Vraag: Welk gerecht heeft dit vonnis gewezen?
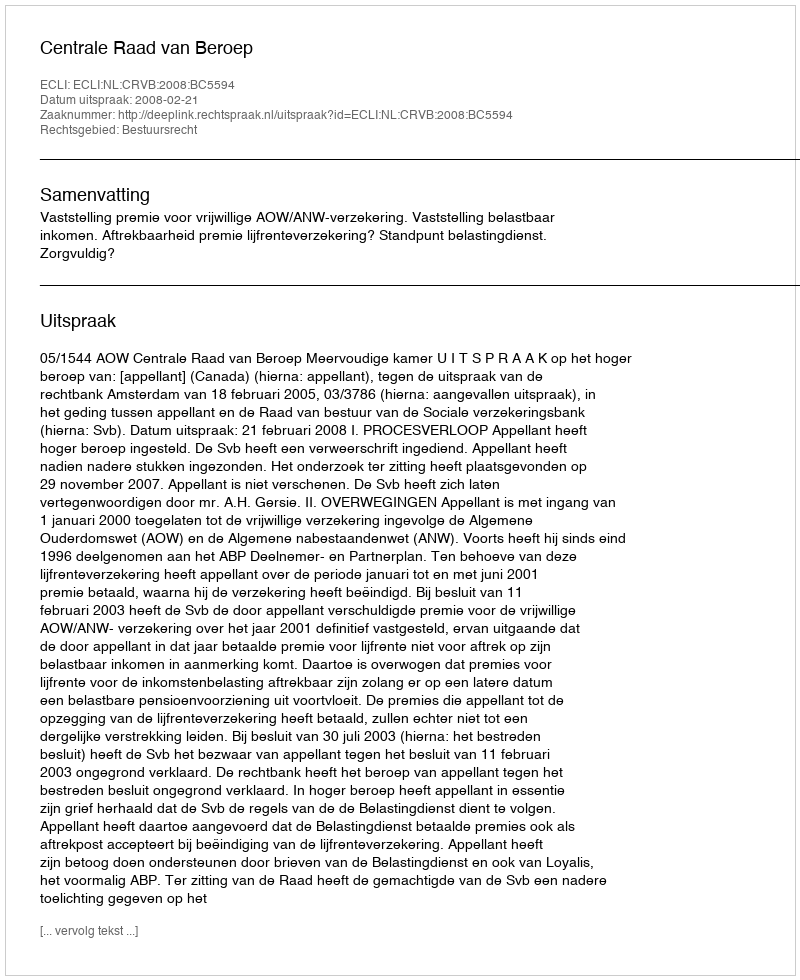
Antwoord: Centrale Raad van Beroep